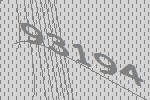
93194